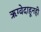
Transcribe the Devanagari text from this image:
ऋग्वेदाहूनही